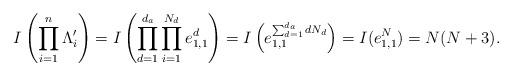
LaTeX: \begin{align*}I\left(\prod_{i=1}^n \Lambda_i'\right) = I\left(\prod_{d=1}^{d_a}\prod_{i=1}^{N_d}e_{1,1}^d\right) = I\left(e_{1,1}^{\sum_{d=1}^{d_a} dN_d}\right) = I(e_{1,1}^N) = N(N+3).\end{align*}